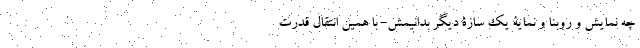
چه نمایش و روبنا و نمایۀ یک سازۀ دیگر بدانیمَش- با همین انتقال قدرت